system: You are a helpful assistant.
user:
Analyze the provided spectrum to determine if it is a **M-type Giant (gM)**.

A M-type Giant spectrum is defined by its **strong molecular absorption** features, particularly from **Titanium Oxide (TiO)**. You must check for one of the following mutually exclusive signatures:

- **Key Visual Indicators (Absorption-Dominated Spectrum):**

    - **(Primary):** The spectrum is dominated by strong molecular absorption from **Titanium Oxide (TiO)**. This is the **defining feature** of its M-type temperature class.
        - **(Key Bandheads):** Look for sharp, "saw-tooth" absorption valleys. The strongest are located near **~7050 Å**, **~6160 Å**, and **~5170 Å**.
        - **(Line Profile):** The "saw-tooth" morphology is critical: a **sharp, steep drop on the BLUE (short-wavelength) side** of the bandhead, followed by a gradual recovery (rising flux) towards the RED (long-wavelength) side.

    - **(Key Confirmation - Giant vs. Dwarf):** **ABSENCE** of strong **Calcium Hydride (CaH)** molecular bands. This is the primary diagnostic for *excluding* M-dwarfs.
        - **(Key Region):** The spectrum should lack the strong, broad absorption band seen in dwarfs between **~6800 Å and ~7000 Å**.

    - **(Secondary Confirmation - Giant):** A very strong and broad **Neutral Calcium (Ca I)** atomic absorption line.
        - **(Key Line):** Located at **~4226 Å**. In a giant (gM), this line is significantly deeper and broader than the same line in an M-dwarf (dM) due to low surface gravity.

    - **(Overall Spectrum):**
        - The continuum is **extremely red-sloping** (i.e., flux is very low in the blue and rises dramatically towards the red).
        - The entire spectrum appears "chopped up" by the deep TiO bands.

Think first, call **spectral_visualization_tool** if needed to examine features in detail, then provide your final answer. Your response must adhere to the following strict rules:
1.  **Overall Structure:** Your response must follow the format `<think>...</think> <tool_call>...</tool_call> (if a tool is used) <answer>...</answer>`.
2.  **Tool Usage Constraint:** You may only make **one** tool call per turn.
3.  **Final Answer Format:** In the `<answer>` tag, your conclusion must be inside a `\boxed{}` command (e.g., `\boxed{YES}` or `\boxed{NO}`), followed by your justification.

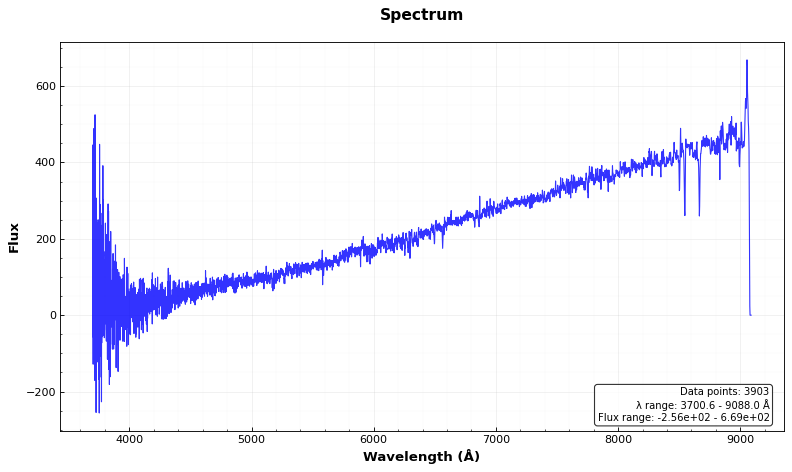
Answer: NO